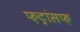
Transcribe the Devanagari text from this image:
फ़ट्रांसफ़